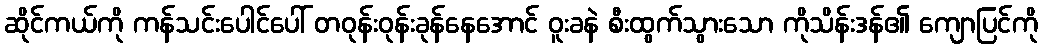
ဆိုင်ကယ်ကို ကန်သင်းပေါင်ပေါ် တဝုန်းဝုန်းခုန်နေအောင် ဝူးခနဲ စီးထွက်သွားသော ကိုသိန်းဒန်၏ ကျောပြင်ကို